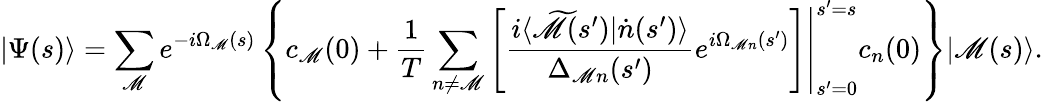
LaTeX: |\Psi(s)\rangle=\sum_{\mathscr{M}}e^{-i\Omega_{\mathscr{M}}(s)}\left\{ c_{\mathscr{M}}(0)+\frac{{1}}{{T}}\sum_{n\neq\mathscr{M}}\left.\left[\frac{{i\langle\widetilde{{\mathscr{M}}}(s^{\prime})|\dot{{n}}(s^{\prime})\rangle}}{{\Delta_{\mathscr{M}n}(s^{\prime})}}e^{i\Omega_{\mathscr{M}n}(s^{\prime})}\right]\right|_{s^{\prime}=0}^{s^{\prime}=s}c_{n}(0)\right\} |\mathscr{M}(s)\rangle.